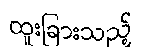
ထူးခြားသည့်